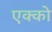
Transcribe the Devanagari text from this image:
एक्को